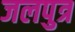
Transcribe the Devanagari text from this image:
जलपुत्र